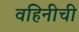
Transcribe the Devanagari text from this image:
वहिनीची